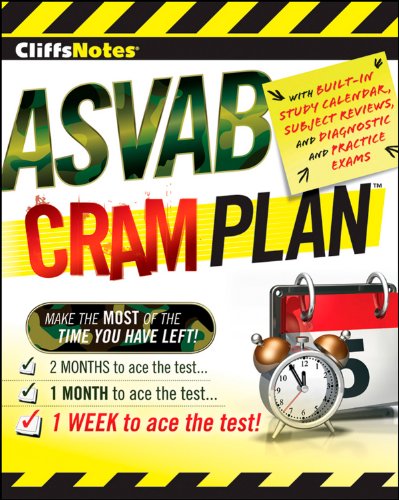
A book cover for CliffsNotes ASVAB Cram Plan (Cliffsnotes Cram Plan); American BookWorks Corporation; Test Preparation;